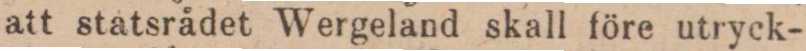
att statsrädet Wergeland skall före utryck-